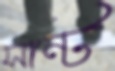
সান্ট